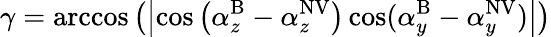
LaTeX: \gamma=\operatorname{arccos}\left(\left|\cos\left(\alpha_{z}^{\mathrm{B}}-\alpha_{z}^{\mathrm{NV}}\right)\cos(\alpha_{y}^{\mathrm{B}}-\alpha_{y}^{\mathrm{NV}})\right|\right)